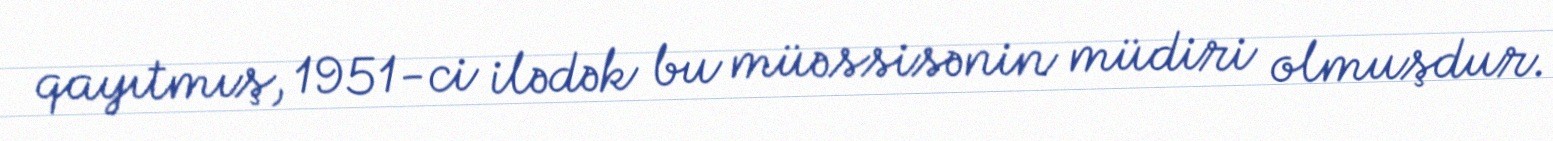
qayıtmış, 1951-ci ilədək bu müəssisənin müdiri olmuşdur.